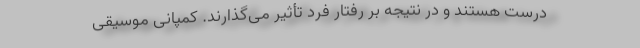
درست هستند و در نتیجه بر رفتار فرد تأثیر می‌گذارند. کمپانی موسیقی